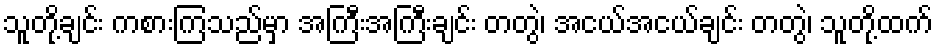
သူတို့ချင်း ကစားကြသည်မှာ အကြီးအကြီးချင်း တတွဲ၊ အငယ်အငယ်ချင်း တတွဲ၊ သူတို့ထက်